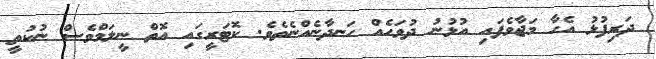
ދަރިފުޅު އެހާ މަޖާވެފައި އުޅުނު ދުވަހެއް ހަނދާނެއްނެތެވެ. ކޮޓަރީގައި އޮތް ނީލަމްވެސް ނުކުތީ